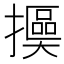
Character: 𢷯